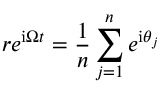
r e ^ { \mathrm { i } \Omega t } = \frac { 1 } { n } \sum _ { j = 1 } ^ { n } e ^ { \mathrm { i } \theta _ { j } }